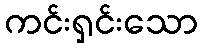
ကင်းရှင်းသော